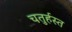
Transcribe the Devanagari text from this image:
चतुर्हस्त